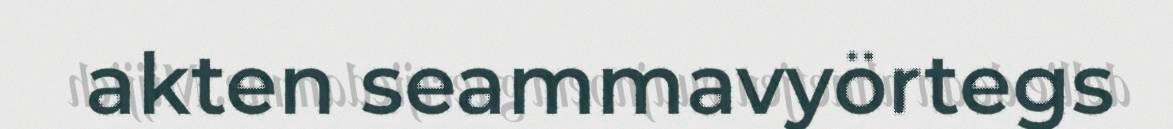
akten seammavyörtegs